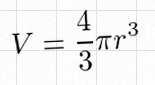
V=\frac43\pi r^3